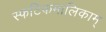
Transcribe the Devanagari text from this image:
स्फटिकमालिकाम्